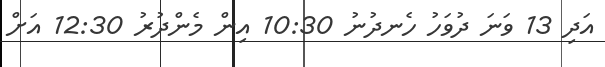
އަދި 13 ވަނަ ދުވަހު ހެނދުނު 10:30 އިން މެންދުރު 12:30 އަށް